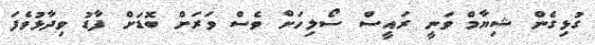
ގުޅިގެން ޝިޔާމް ވަނީ ރައީސް ސޯލިހަށް ވެސް ވަރަށް ބޮޑަށް ފާޑު ވިދާޅުވެފަ